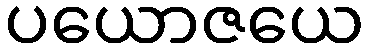
ပယောဇယေ